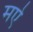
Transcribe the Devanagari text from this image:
मऐ